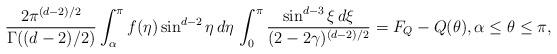
LaTeX: \begin{align*}\frac{2\pi^{(d-2)/2}} {\Gamma((d-2)/2)} \int_\alpha^\pi f(\eta) \sin^{d-2}\eta \, d\eta \, \int_0^\pi \frac {\sin^{d-3}\xi \,d\xi} {(2 - 2\gamma)^{(d-2)/2}} = F_Q - Q(\theta), \alpha \leq \theta \leq \pi,\end{align*}